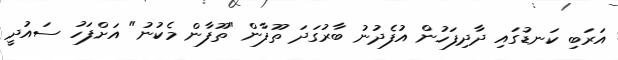
އަރަބި ކަނޑުގައި ދާދިފަހުން އުފެދުނު ބާރުގަދަ ތޫފާން "ތޫފާން މެކުނު" އަށްފަހު ސައުދީ